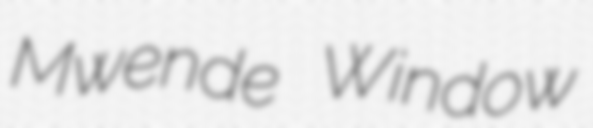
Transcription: Mwende Window